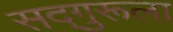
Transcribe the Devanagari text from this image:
सद्‌गुरूला